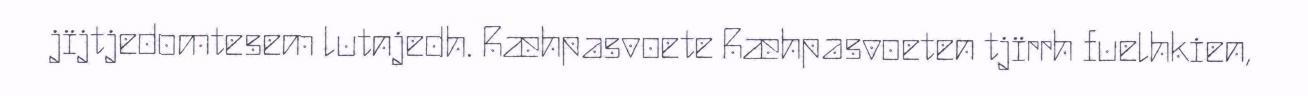
jïjtjedomtesem lutnjedh. Ræhpasvoete Ræhpasvoeten tjïrrh fuelhkien,